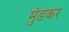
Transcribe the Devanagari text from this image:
मुंडकर